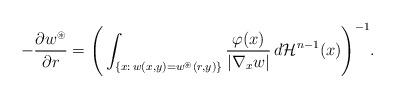
LaTeX: \begin{align*}-\frac{\partial w^{\circledast}}{\partial r}=\Bigg(\int_{\left\{x:\,w(x,y)=w^{\circledast}(r,y)\right\}}\frac{\varphi(x)}{|\nabla_{x}w|}\,d\mathcal{H}^{n-1}(x)\Bigg)^{-1}.\end{align*}